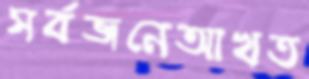
সর্বজনেআখত